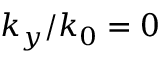
k _ { y } / k _ { 0 } = 0